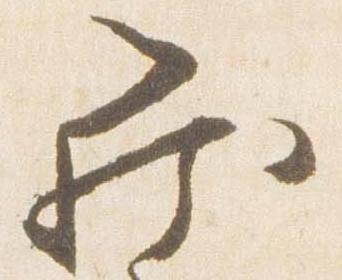
罷